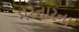
મરનારના